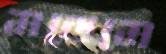
মডেমে